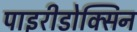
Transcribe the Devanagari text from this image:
पाइरीडोक्सिन